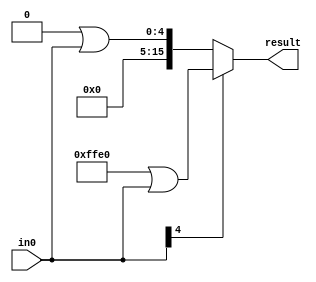
`timescale 1ns / 1ps
//////////////////////////////////////////////////////////////////////////////////
// Company: 
// Engineer: 
// 
// Design Name: 
// Module Name: sext_4
// Project Name: 
// Target Devices: 
// Tool Versions: 
// Description: 
// 
// Dependencies: 
// 
// Revision:
// Revision 0.01 - File Created
// Additional Comments:
// 
//////////////////////////////////////////////////////////////////////////////////


module sext_4(
    input [4:0] in0,
    output reg [15:0] result
    );
    
    always @ (in0)
    begin
    
    if ( in0[4] == 'b0)
        begin
        
        result = 'b0000000000000000 | in0;
        
        end
    else 
        begin
        
        result = 'b1111111111100000 | in0;
        
        end
    
    
    end
endmodule